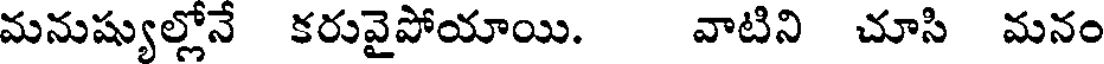
మనుష్యుల్లోనే కరువైపోయాయి. వాటిని చూసి మనం